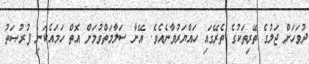
ދުވަހަށް ޖަލުގެ ތޭރިތަކުގެ ތެރޭގައި ހައްޔަރުވާނެއެވެ. އޭނާ ސަލާމަތްވުމަށް އޮތް ހަމައެކަނި ފުރުޞަތު